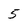
Character: 5